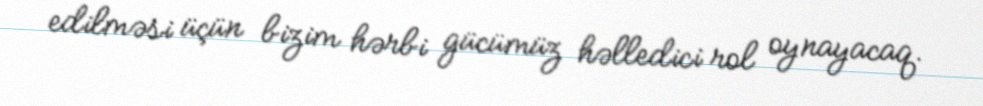
edilməsi üçün bizim hərbi gücümüz həlledici rol oynayacaq.